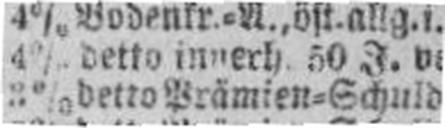
3% detto Prämien=Schuldv., E. 1880